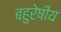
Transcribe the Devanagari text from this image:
बहुरेषीय